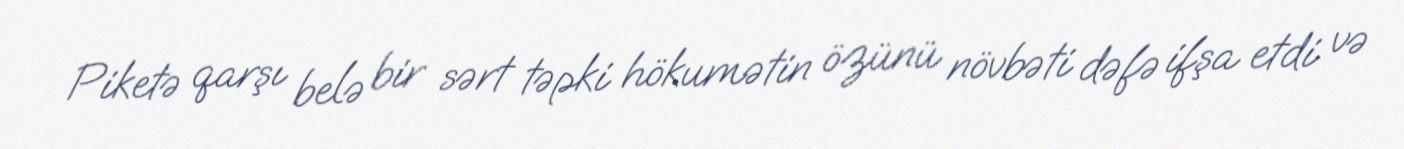
Piketə qarşı belə bir sərt təpki hökumətin özünü növbəti dəfə ifşa etdi və